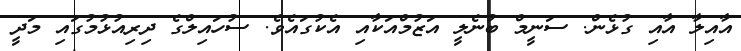
އާއިލާ އާއި ގުޅެން. ސަނީމް ބުނެލީ އަޒުމްއަކާއި އެކުގައެވެ. ސުހައިލްގެ ދިރިއުޅުމުގައި މަދީ